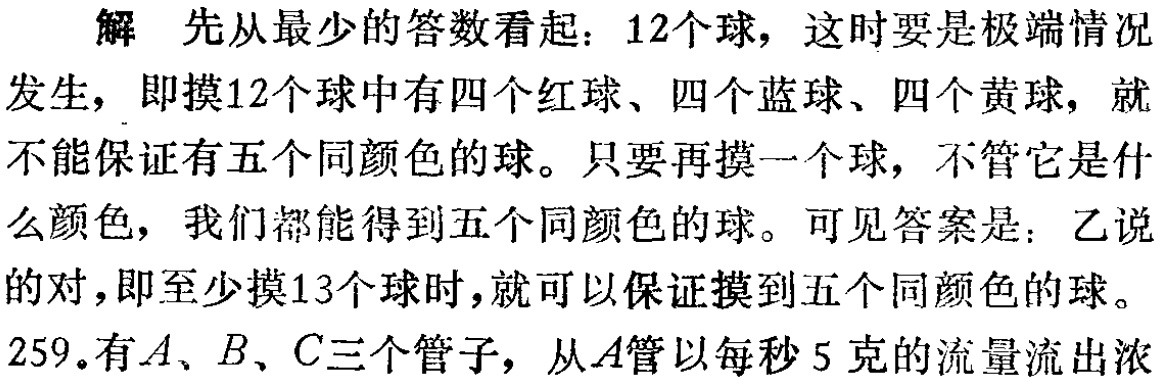
解 先从最少的答数看起：12个球，这时要是极端情况

发生，即摸12个球中有四个红球、四个蓝球、四个黄球，就

不能保证有五个同颜色的球。只要再摸一个球，不管它是什

么颜色，我们都能得到五个同颜色的球。可见答案是：乙说

的对，即至少摸13个球时，就可以保证摸到五个同颜色的球。

259.有\(A、B、C\)三个管子，从\(A\)管以每秒5克的流量流出浓